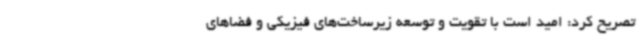
تصریح کرد: امید است با تقویت و توسعه زیرساخت‌های فیزیکی و فضاهای